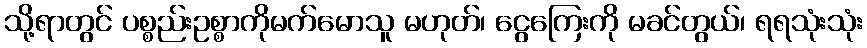
သို့ရာတွင် ပစ္စည်းဥစ္စာကိုမက်မောသူ မဟုတ်၊ ငွေကြေးကို မခင်တွယ်၊ ရရသုံးသုံး